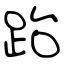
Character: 跆